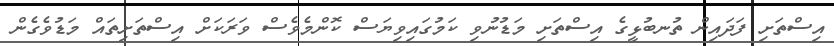
އިސްތަށި ފަދައިން ތުނބުޅީގެ އިސްތަށި މަޑުނުވި ކަމުގައިވިޔަސް ކޮންމެވެސް ވަރަކަށް އިސްތަށިތައް މަޑުވެގެން